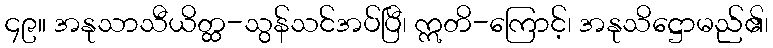
၄၉။ အနုသာသီယိတ္ထ-သွန်သင်အပ်ပြီ၊ ဣတိ-ကြောင့်၊ အနုသိဋ္ဌောမည်၏၊